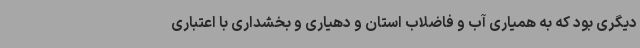
دیگری بود که به همیاری آب و فاضلاب استان و دهیاری و بخشداری با اعتباری